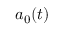
\boldsymbol { a } _ { 0 } ( t )